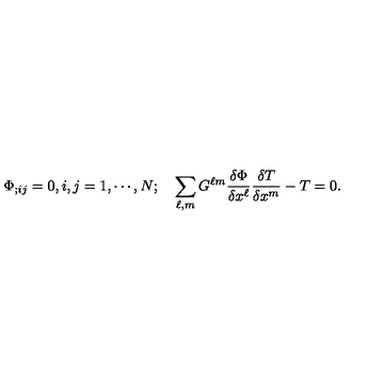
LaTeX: \Phi _ { ; i j } = 0 , i , j = 1 , \cdots , N ; \quad \sum _ { \ell , m } G ^ { \ell m } { \frac { \delta \Phi } { \delta x ^ { \ell } } } { \frac { \delta T } { \delta x ^ { m } } } - T = 0 .